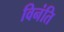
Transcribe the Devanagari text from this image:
विनंति